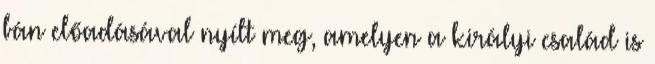
bán előadásával nyílt meg, amelyen a királyi család is